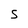
Character: 5